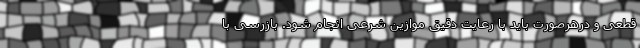
قطعی و درهرصورت باید با رعایت دقیق موازین شرعی انجام شود. بازرسی با